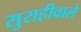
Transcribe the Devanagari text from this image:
सुराहीवाले